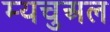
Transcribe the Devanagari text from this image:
म्यचुअल